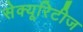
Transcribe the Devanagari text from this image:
सेक्यूरिटीज